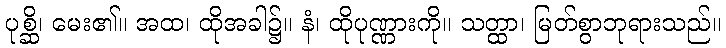
ပုစ္ဆိ၊ မေး၏။ အထ၊ ထိုအခါ၌။ နံ၊ ထိုပုဏ္ဏားကို။ သတ္ထာ၊ မြတ်စွာဘုရားသည်။